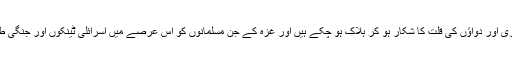
اس دوران کم از کم دس ہزار مسلمان اسرائیلی فوجوں کی گولہ باری اور فائرنگ نیز بھکمری اور دواؤں کی قلت کا شکار ہو کر ہلاک ہو چکے ہیں اور غزہ کے جن مسلمانوں کو اس عرصے میں اسرائلی ٹینکوں اور جنگی طیاروں نے بے خانماں کیا ہے ان کی تعداد تو ہلاک ہونے والوں سے دسیوں گنا زیادہ ہے !